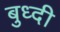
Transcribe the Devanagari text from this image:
बुध्‍दी